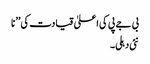
بی جے پی کی اعلیٰ قیادت کی ’’ نا
نئی دہلی۔